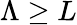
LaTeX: \Lambda\ge L